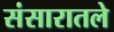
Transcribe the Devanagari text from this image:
संसारातले